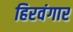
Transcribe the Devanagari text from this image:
हिरवंगार